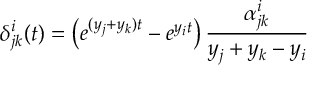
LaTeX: \delta _ { j k } ^ { i } ( t ) = \left( e ^ { ( y _ { j } + y _ { k } ) t } - e ^ { y _ { i } t } \right) \frac { \alpha _ { j k } ^ { i } } { y _ { j } + y _ { k } - y _ { i } }